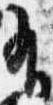
有